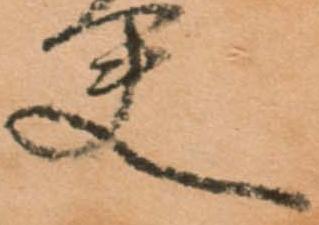
夫